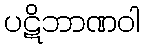
ပဋိဘာဏဝါ